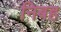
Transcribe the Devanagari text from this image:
निबह